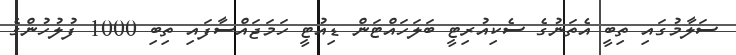
ސަލާމުގައި ތިބީ އެތަނުގެ ސެކިއުރިޓީ ބަލަހައްޓަން ޑިއުޓީ ހަމަޖައްސާފައި ތިބި 1000 ފުލުހުންގެ